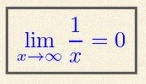
\lim_{x\to\infty}\frac{1}{x}=0